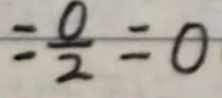
$= \frac{0}{2} = 0$